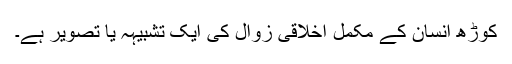
کوڑھ انسان کے مکمل اخلاقی زوال کی ایک تشبیہہ یا تصویر ہے۔